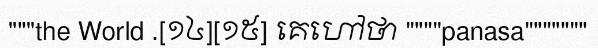
"""the World .[១៤][១៥] គេហៅថា """"panasa"""""""